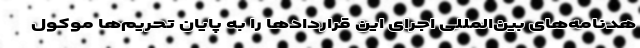
هدنامه‌های بین‌المللی اجرای این قراردادها را به پایان تحریم‌ها موکول